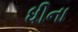
ધીના